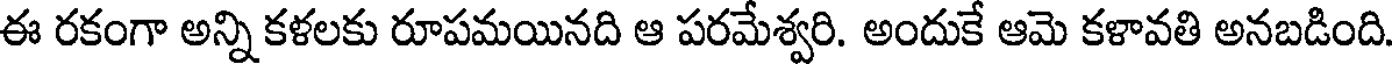
ఈ రకంగా అన్ని కళలకు రూపమయినది ఆ పరమేశ్వరి. అందుకే ఆమె కళావతి అనబడింది